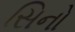
સિનો